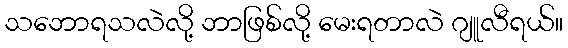
သဘောရသလဲလို့ ဘာဖြစ်လို့ မေးရတာလဲ ဂျူလီရယ်။